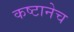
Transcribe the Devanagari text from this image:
कष्टानेच